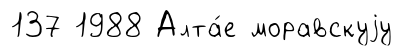
137 1988 Алта́е моравскуjу